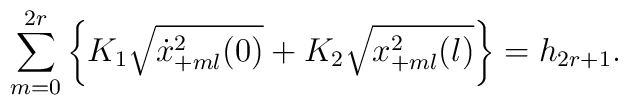
\sum_{m=0}^{2r}\left\{K_1 \sqrt{\dot x^2_{+ml}(0)}+K_2 \sqrt{x^2_{+ml}(l)}\right\}=h_{2r+1}.